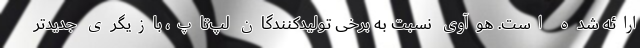
ارائه شده است. هوآوی نسبت به برخی تولیدکنندگان لپ‌تاپ، بازیگری جدیدتر